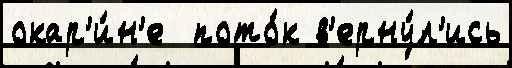
окар'и́н'е  пото́к в'ерну́л'ись